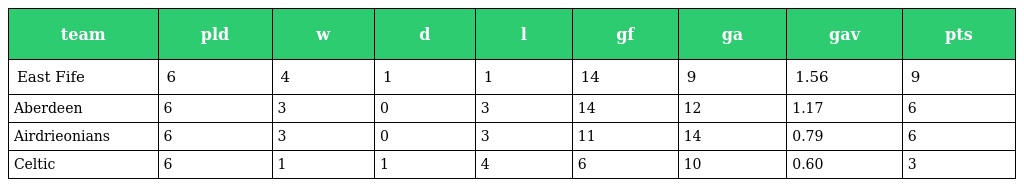
| team | pld | w | d | l | gf | ga | gav | pts |
 | --- | --- | --- | --- | --- | --- | --- | --- | --- |
 | East Fife | 6 | 4 | 1 | 1 | 14 | 9 | 1.56 | 9 |
 | Aberdeen | 6 | 3 | 0 | 3 | 14 | 12 | 1.17 | 6 |
 | Airdrieonians | 6 | 3 | 0 | 3 | 11 | 14 | 0.79 | 6 |
 | Celtic | 6 | 1 | 1 | 4 | 6 | 10 | 0.60 | 3 |